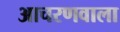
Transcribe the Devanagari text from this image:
आचरणवाला